Indian journal of veterinary science and animal husbandry - Volumes 26-27, 1956-1957
Year: 1956
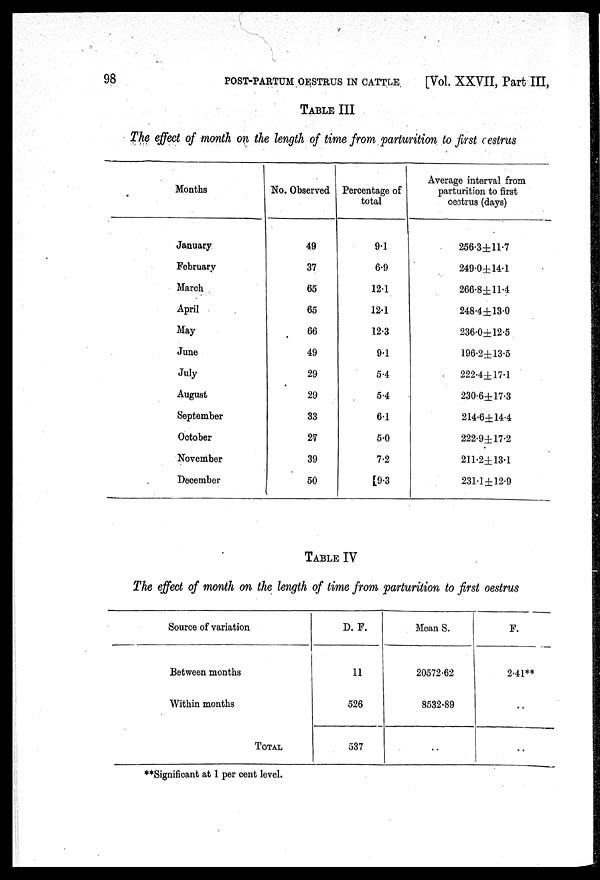
98
POST-PARTUM OESTRUS IN CATTLE
[Vol. XXVII, Part III,
TABLE III
The effect of month on the length of time from parturition to first cestrus
Months
January
February
March
April
May
June
July
August
September
October
November
December
No. Observed
49
37
65
65
66
49
29
29
33
27
39
50
Percentage of
total
9.1
6.9
12.1
12.1
12.3
9.1
5.4
5.4
6.1
5.0
7.2
9.3
Average interval from
parturition to first
oestrus (days)
256.3±11.7
249.0±14.l
266.8±11.4
248.4±13.0
236.0±12.5
196.2±13.6
222.4±17.1
230.6±17.3
2l4.6±14.4
222.9±17.2
211.2±13.1
231.1±12.9
TABLE IV
The effect of month on the length of time from parturition to first oestrus
Source of variation
Between months
Within months
TOTAL
D. F.
11
526
537
Mean S.
20572.62
8532.89
..
F.
2.41**
..
..
**Significant at 1 per cent level.